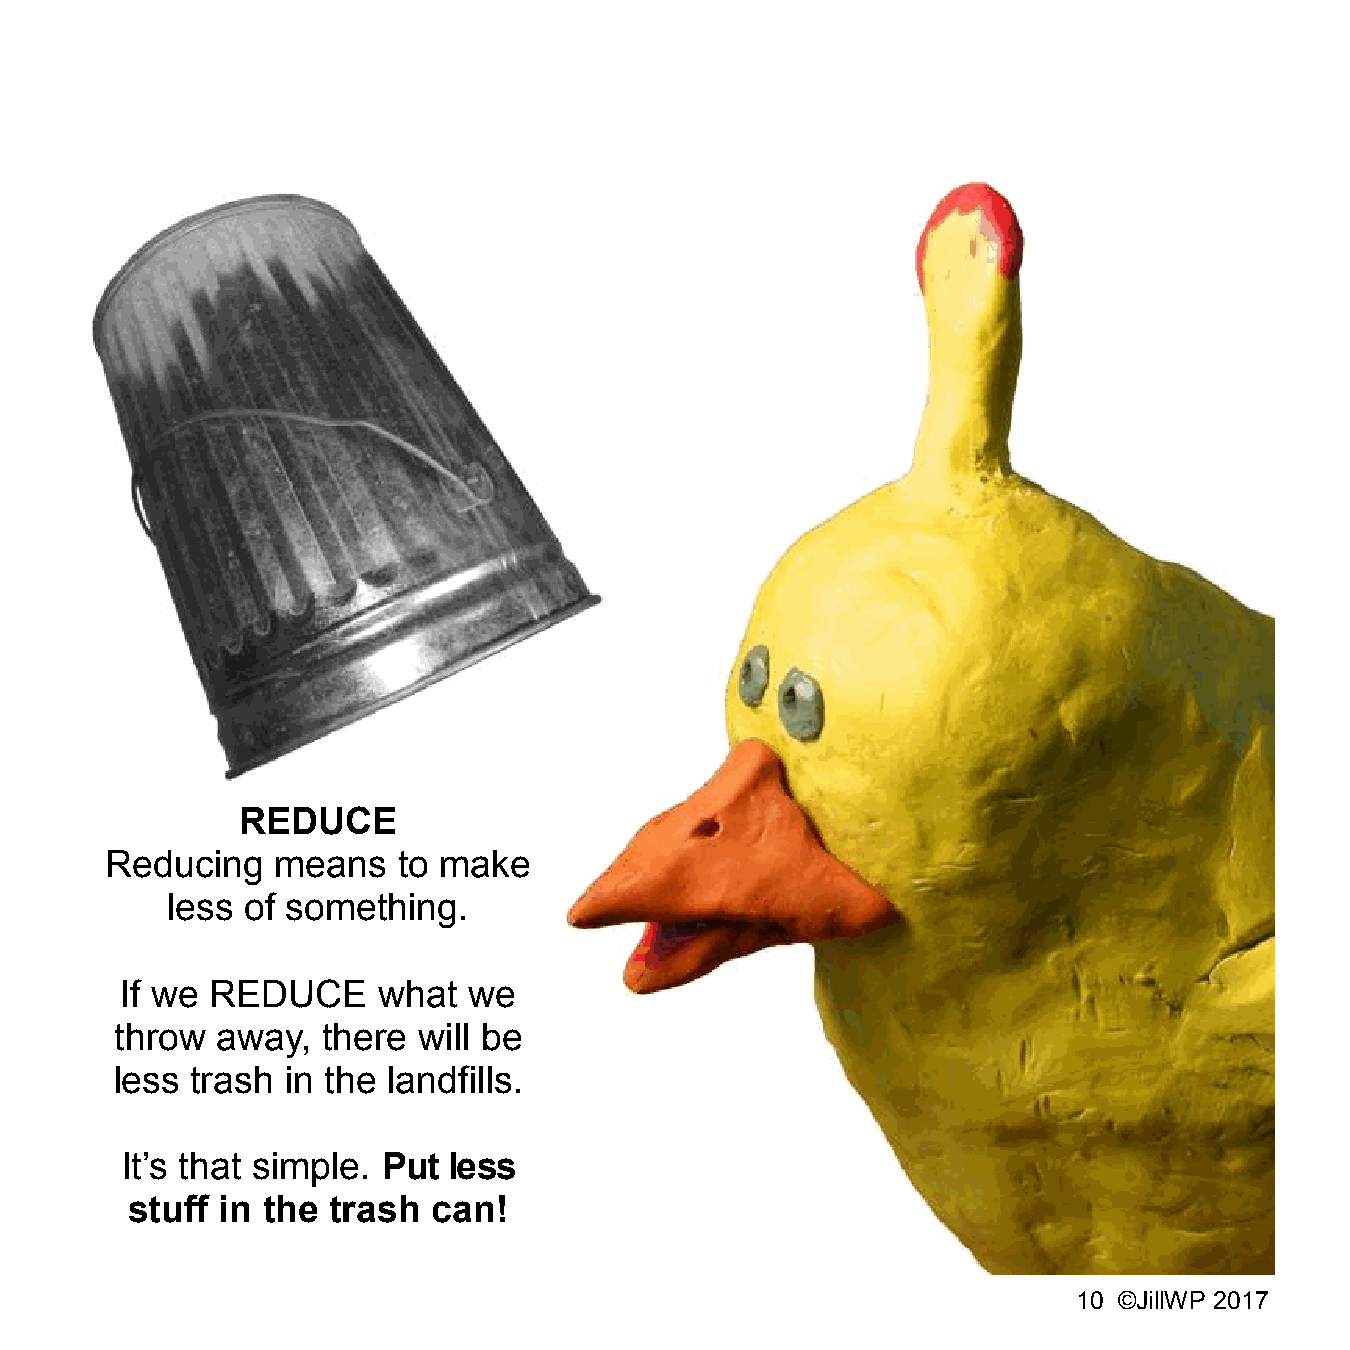
REDUCE
 Reducing   means   to make
 less of something.
 If we REDUCE     what  we
 throw away,  there  will be
 less trash in the landfills.
 It’s that simple. Put less
 stuff  in the trash  can!
 10 ©JillWP 2017